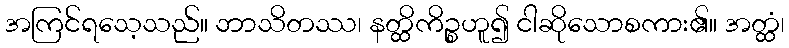
အကြင်ရသေ့သည်။ ဘာသိတဿ၊ နတ္ထိကိဉ္စဟူ၍ ငါဆိုသောစကား၏။ အတ္ထံ၊